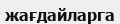
жағдайларга